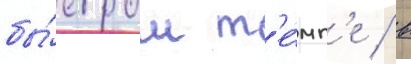
бы́стром т'е́мп'е / в